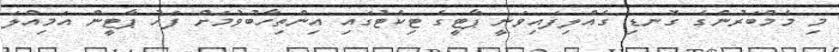
މި މެމްބަރުންގެ ގޮނޑި ގެއްލިފައިވަނީ ޕާޓީގެ ޓިކެޓުގައި އިންތިހާބުވުމަށް ފަހު ޕާޓީން އަމިއްލަ